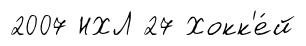
2007 НХЛ 27 Хокк'е́й